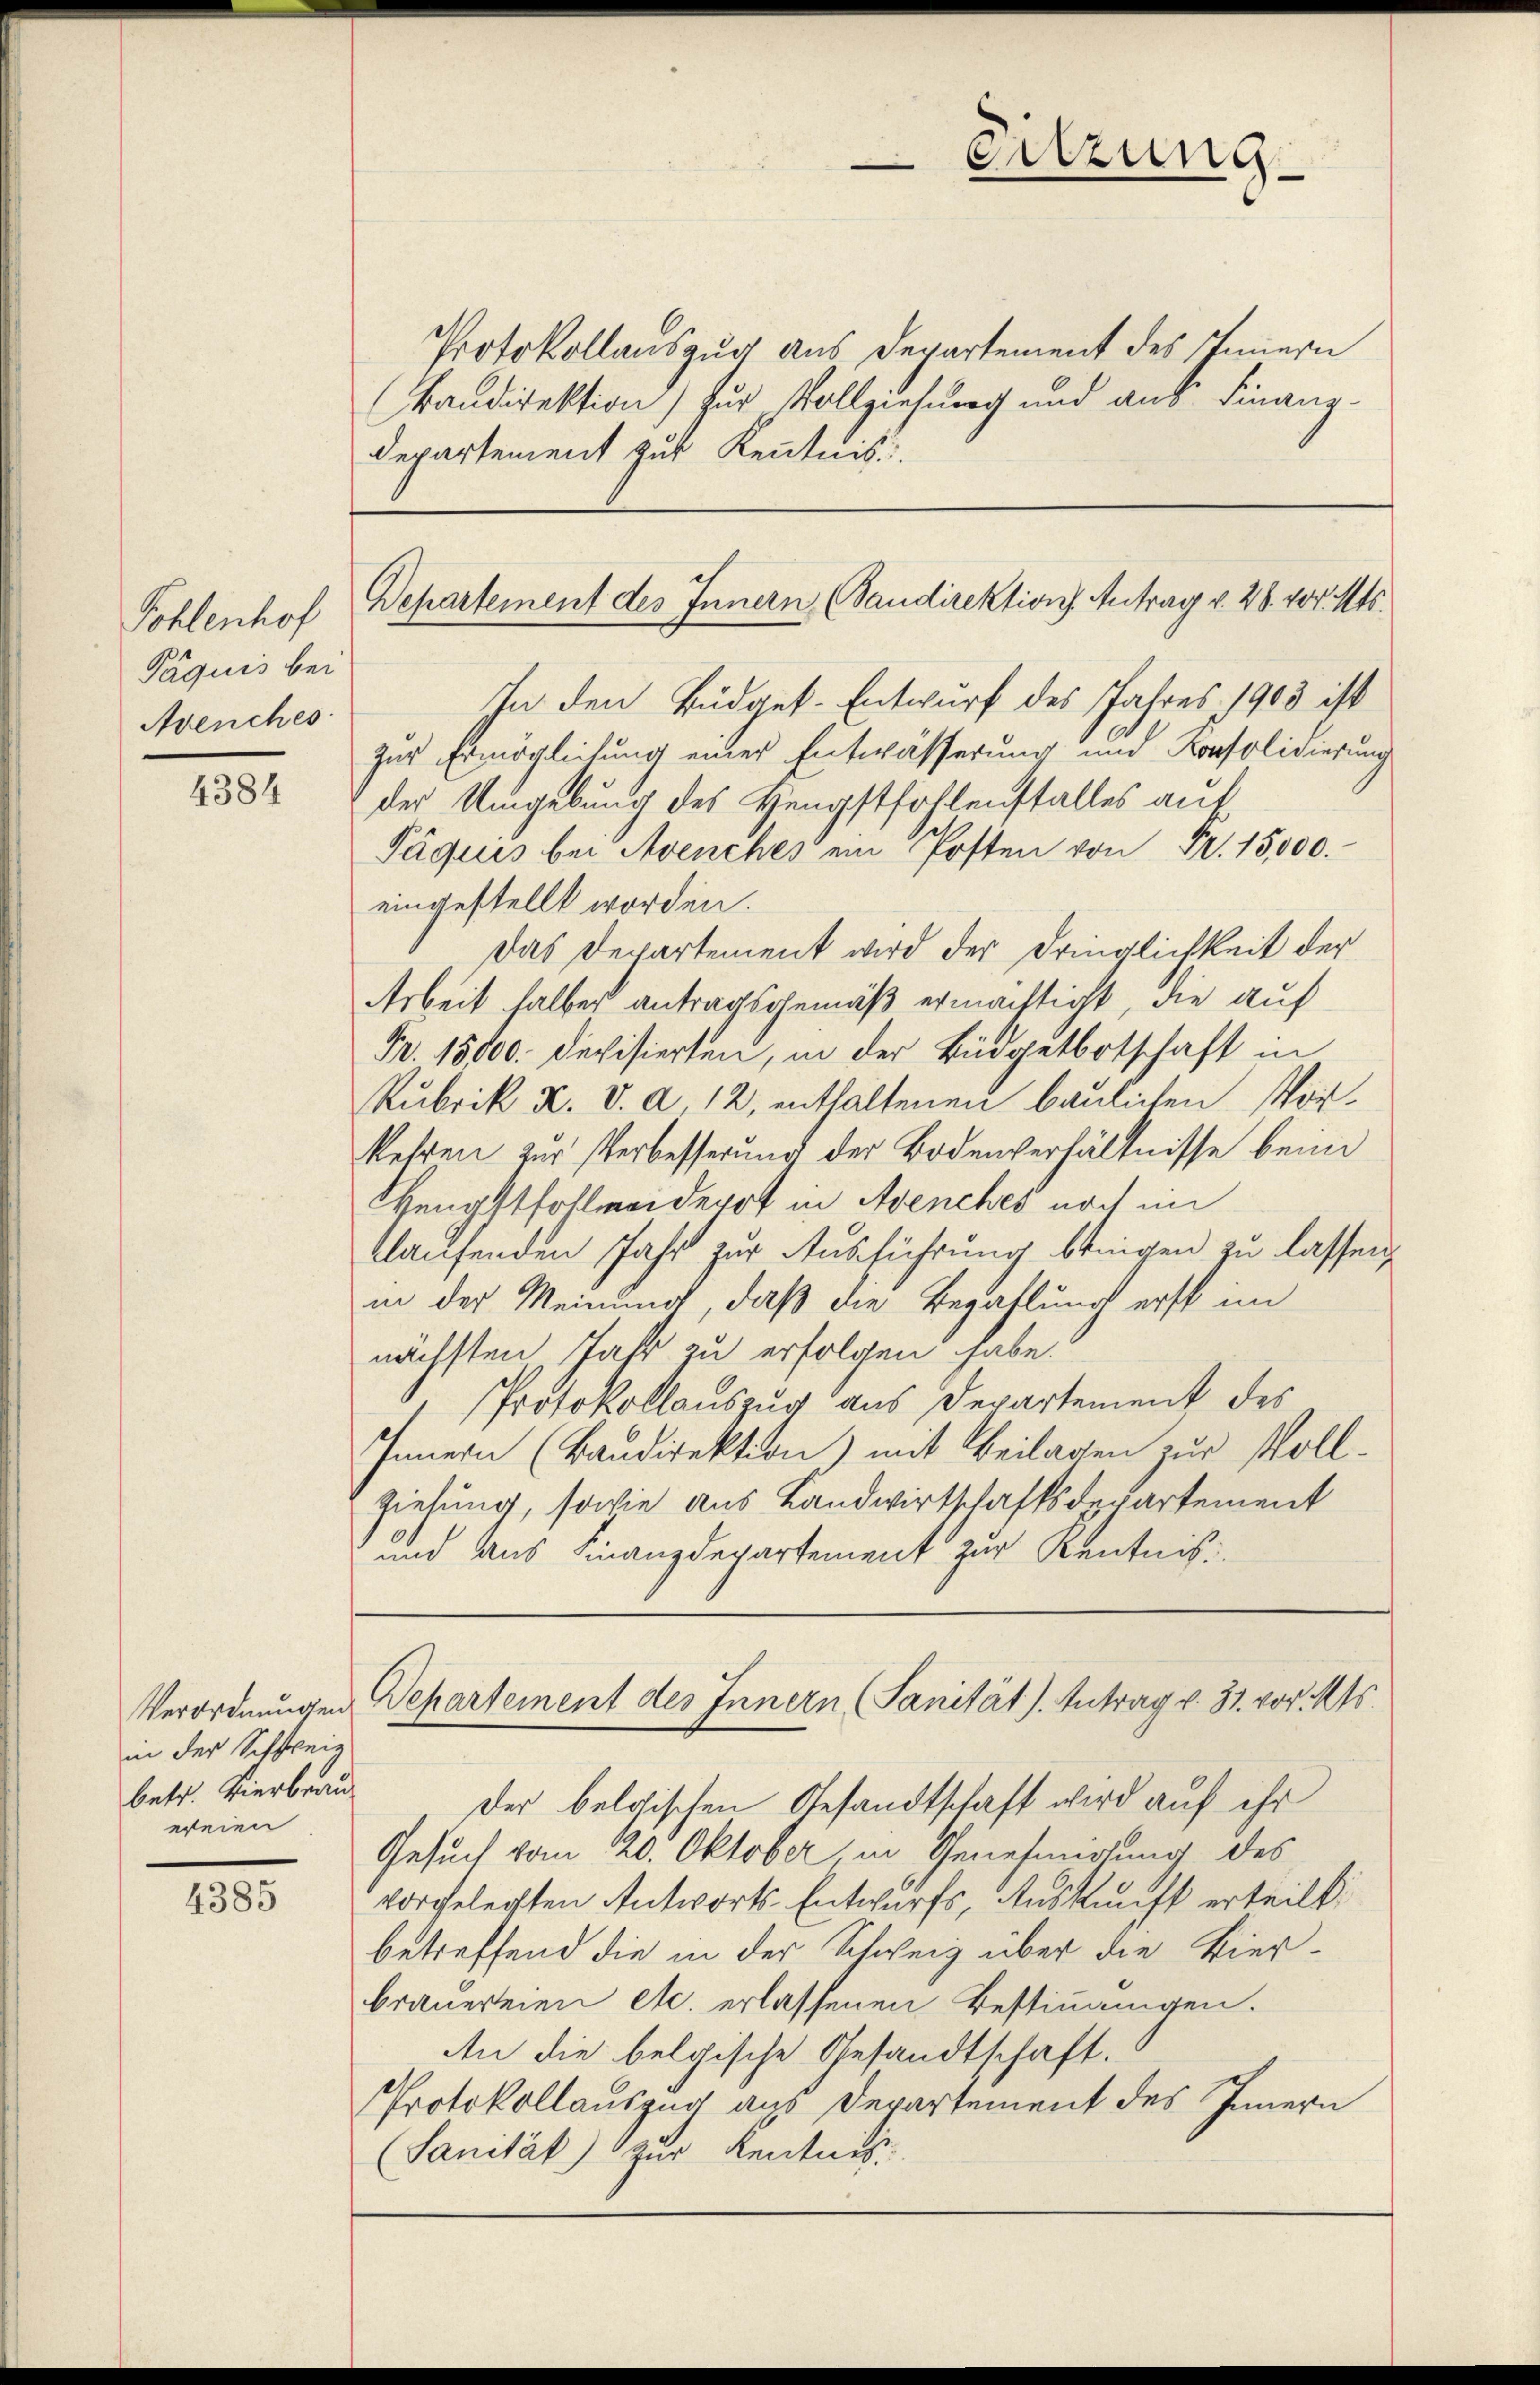
Pohlenhof
Päquis bei
Avenches

4384

Verordnungen
in der Schweiz
betr. Vierbrau
wreien

4385

Sitzung.

Protokollauszug aus Departement des Innern
Baudirektion) zur Vollziehung und aus Finanz¬
Departement zur Kenntnis

Departement des Innern, Bandirektion Antrag v. 28. vor. Mts.

In den Büdget. Entwurf des Jahres 1903 ist
zur Ermöglichung einer Entwässerung und Konsolidierung
der Umgebung des Hengstfohlenstalles auf
Päquis bei Avenches ein Posten von Fr. 15,000.-
eingestellt worden.
Das Departement wird der Dringlichkeit der
Arbeit halber antragsgemäß ermächtigt, die auf
Fr. 15000. Devisierten, in der Büdgetbotschaft in
Rubrik K. V. a. 12, enthaltenen baulichen Vorkehren zur Verbesserung der Bodenverhältnisse beim
Hengstfohlmeiderrt in Avenches noch im
blaufenden Jahr zur Ausführung bringen zu lassen
in der Meinung, daß die Bezahlung erst im
nächsten Jahr zu erfolgen habe.
Protokollauszug aus Departement des
Innern (Baudirektion) mit Beilagen zur Vollziehung, sowie aus Landwirtschaftsdepartement
und aus Finanzdepartement zur Kenntnis¬

Departement des Innern (Sanität). Antrag v. 31. vor. Mts.

Der belgischen Gesandtschaft wird auf ihr
Gesuch vom 20. Oktober in Genehmigung des
vorgelegten Antworts-Entwurfs, Auskunft erteilt:
betreffend die in der Schweiz über die Bierbrauerteien etc. erlassenen Bestimmungen.
An die belgische Gesandtschaft.
Protokollauszug aus Departement des Innern
Sanität) zur Kenntnis